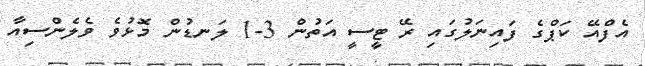
އެފްއޭ ކަޕްގެ ފައިނަލުގައި ރޭ ޓީސީ އަތުން 3-1 ލަނޑުން މޮޅުވެ ވެލެންސިއާ